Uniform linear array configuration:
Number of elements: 8
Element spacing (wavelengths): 1
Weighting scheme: hamming
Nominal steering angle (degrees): -15
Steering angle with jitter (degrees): -13.926
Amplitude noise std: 0.05
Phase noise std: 0.05

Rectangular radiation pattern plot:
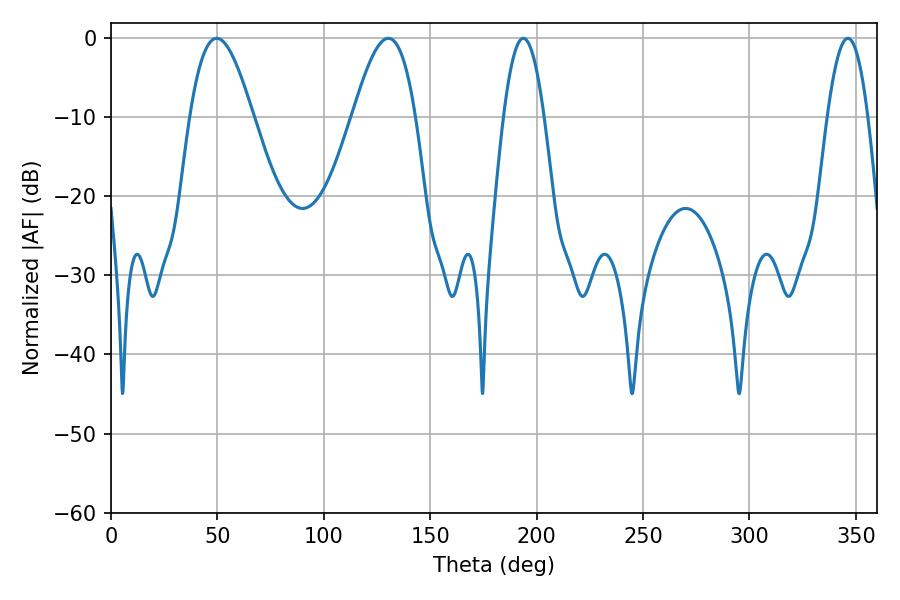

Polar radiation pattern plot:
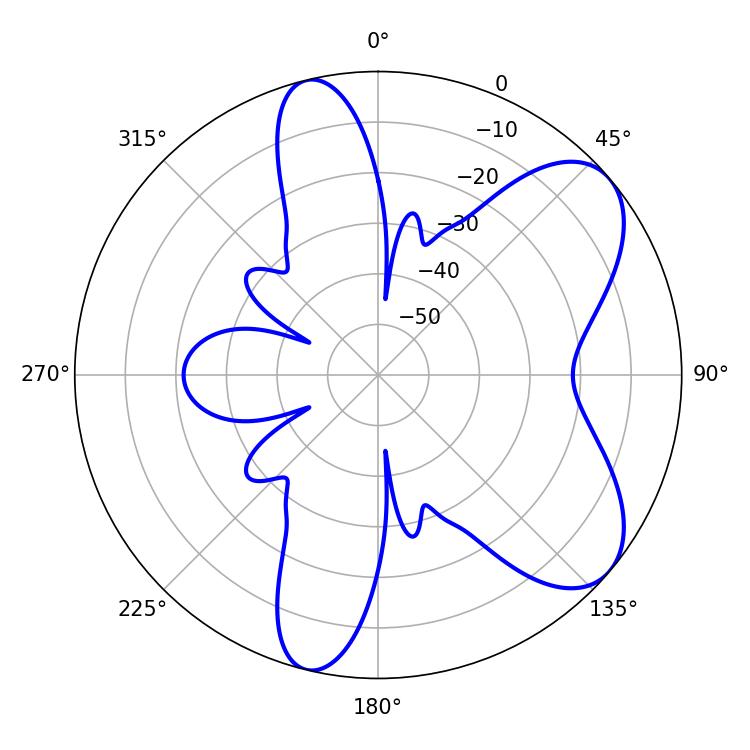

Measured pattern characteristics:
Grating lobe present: TRUE
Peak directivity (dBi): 7.209
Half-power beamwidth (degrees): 16.02
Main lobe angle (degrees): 130.32